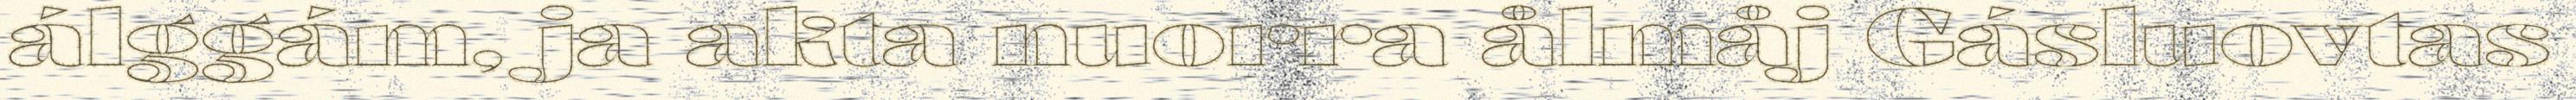
álggám, ja akta nuorra ålmåj Gásluovtas